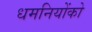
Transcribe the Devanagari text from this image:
धमनियोंको